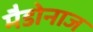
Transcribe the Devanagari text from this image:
मैडोनाज